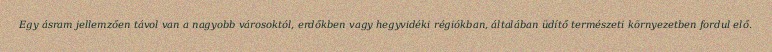
Egy ásram jellemzően távol van a nagyobb városoktól, erdőkben vagy hegyvidéki régiókban, általában üdítő természeti környezetben fordul elő.